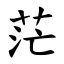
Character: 茫